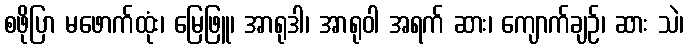
စဖိုပြာ မဖောက်ထုံး၊ မြေဖြူ၊ အာရုဒါ၊ အာရုဝါ အရက် ဆား၊ ကျောက်ချဉ်၊ ဆား သဲ၊